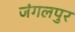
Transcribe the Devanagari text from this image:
जंगलपुर